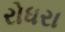
રોધરા